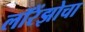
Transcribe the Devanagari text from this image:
लॉरेंझोचा